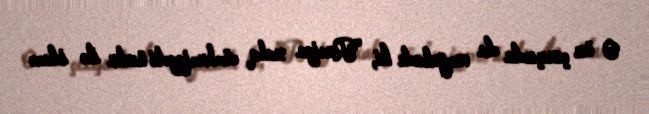
O öz çıxışında da vurğuladı ki, "Rusiya xalq cümhuriyyəti üsulu ilə idarə